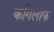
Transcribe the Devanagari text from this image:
कगिलाफ